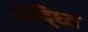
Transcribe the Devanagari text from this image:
पद्ध्ति